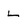
Character: L